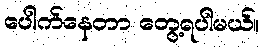
ပေါက်နေတာ တွေ့ရပါမယ်။